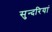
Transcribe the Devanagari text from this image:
सुन्दरियां